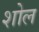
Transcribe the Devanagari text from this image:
शोल